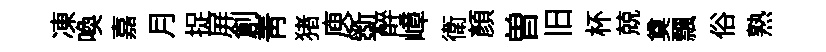
凍喚嘉月捉屏創青猪庾斵醉嶂衛顔曽旧杯兢奠飄俗熟